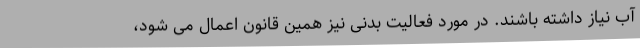
آب نیاز داشته باشند. در مورد فعالیت بدنی نیز همین قانون اعمال می شود،